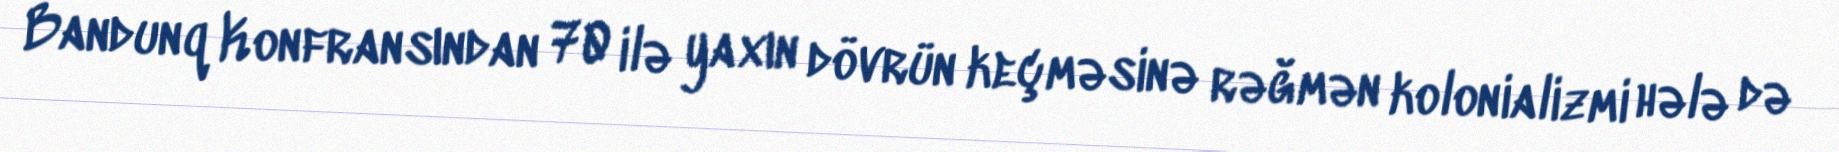
Bandunq Konfransından 70 ilə yaxın dövrün keçməsinə rəğmən kolonializmi hələ də